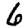
Digit: 6